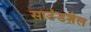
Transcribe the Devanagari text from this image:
साउंडशेल